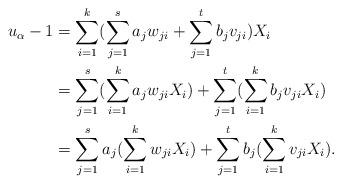
LaTeX: \begin{align*}u_\alpha-1&=\sum_{i=1}^k(\sum_{j=1}^s a_jw_{ji}+\sum_{j=1}^t b_jv_{ji})X_i\\ &= \sum_{j=1}^s(\sum_{i=1}^k a_jw_{ji}X_i)+\sum_{j=1}^t(\sum_{i=1}^k b_jv_{ji}X_i)\\ &=\sum_{j=1}^sa_j(\sum_{i=1}^k w_{ji}X_i)+\sum_{j=1}^tb_j(\sum_{i=1}^k v_{ji}X_i).\end{align*}